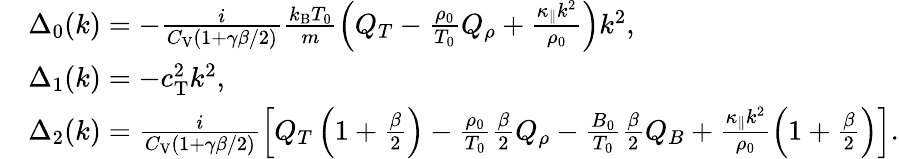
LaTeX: \begin{array}{rl}&{\Delta_{0}(k)=-\frac{i}{C_{\mathrm{V}}(1+\gamma\beta/2)}\frac{k_{\mathrm{B}}T_{0}}{m}\left(Q_{T}-\frac{\rho_{0}}{T_{0}}Q_{\rho}+\frac{\kappa_{\parallel}k^{2}}{\rho_{0}}\right)k^{2},}\\ &{\Delta_{1}(k)=-c_{\mathrm{T}}^{2}k^{2},}\\ &{\Delta_{2}(k)=\frac{i}{C_{\mathrm{V}}(1+\gamma\beta/2)}\left[Q_{T}\left(1+\frac{\beta}{2}\right)-\frac{\rho_{0}}{T_{0}}\frac{\beta}{2}Q_{\rho}-\frac{B_{0}}{T_{0}}\frac{\beta}{2}Q_{B}+\frac{\kappa_{\parallel}k^{2}}{\rho_{0}}\left(1+\frac{\beta}{2}\right)\right].}\end{array}